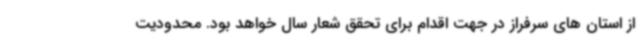
از استان های سرفراز در جهت اقدام برای تحقق شعار سال خواهد بود. محدودیت